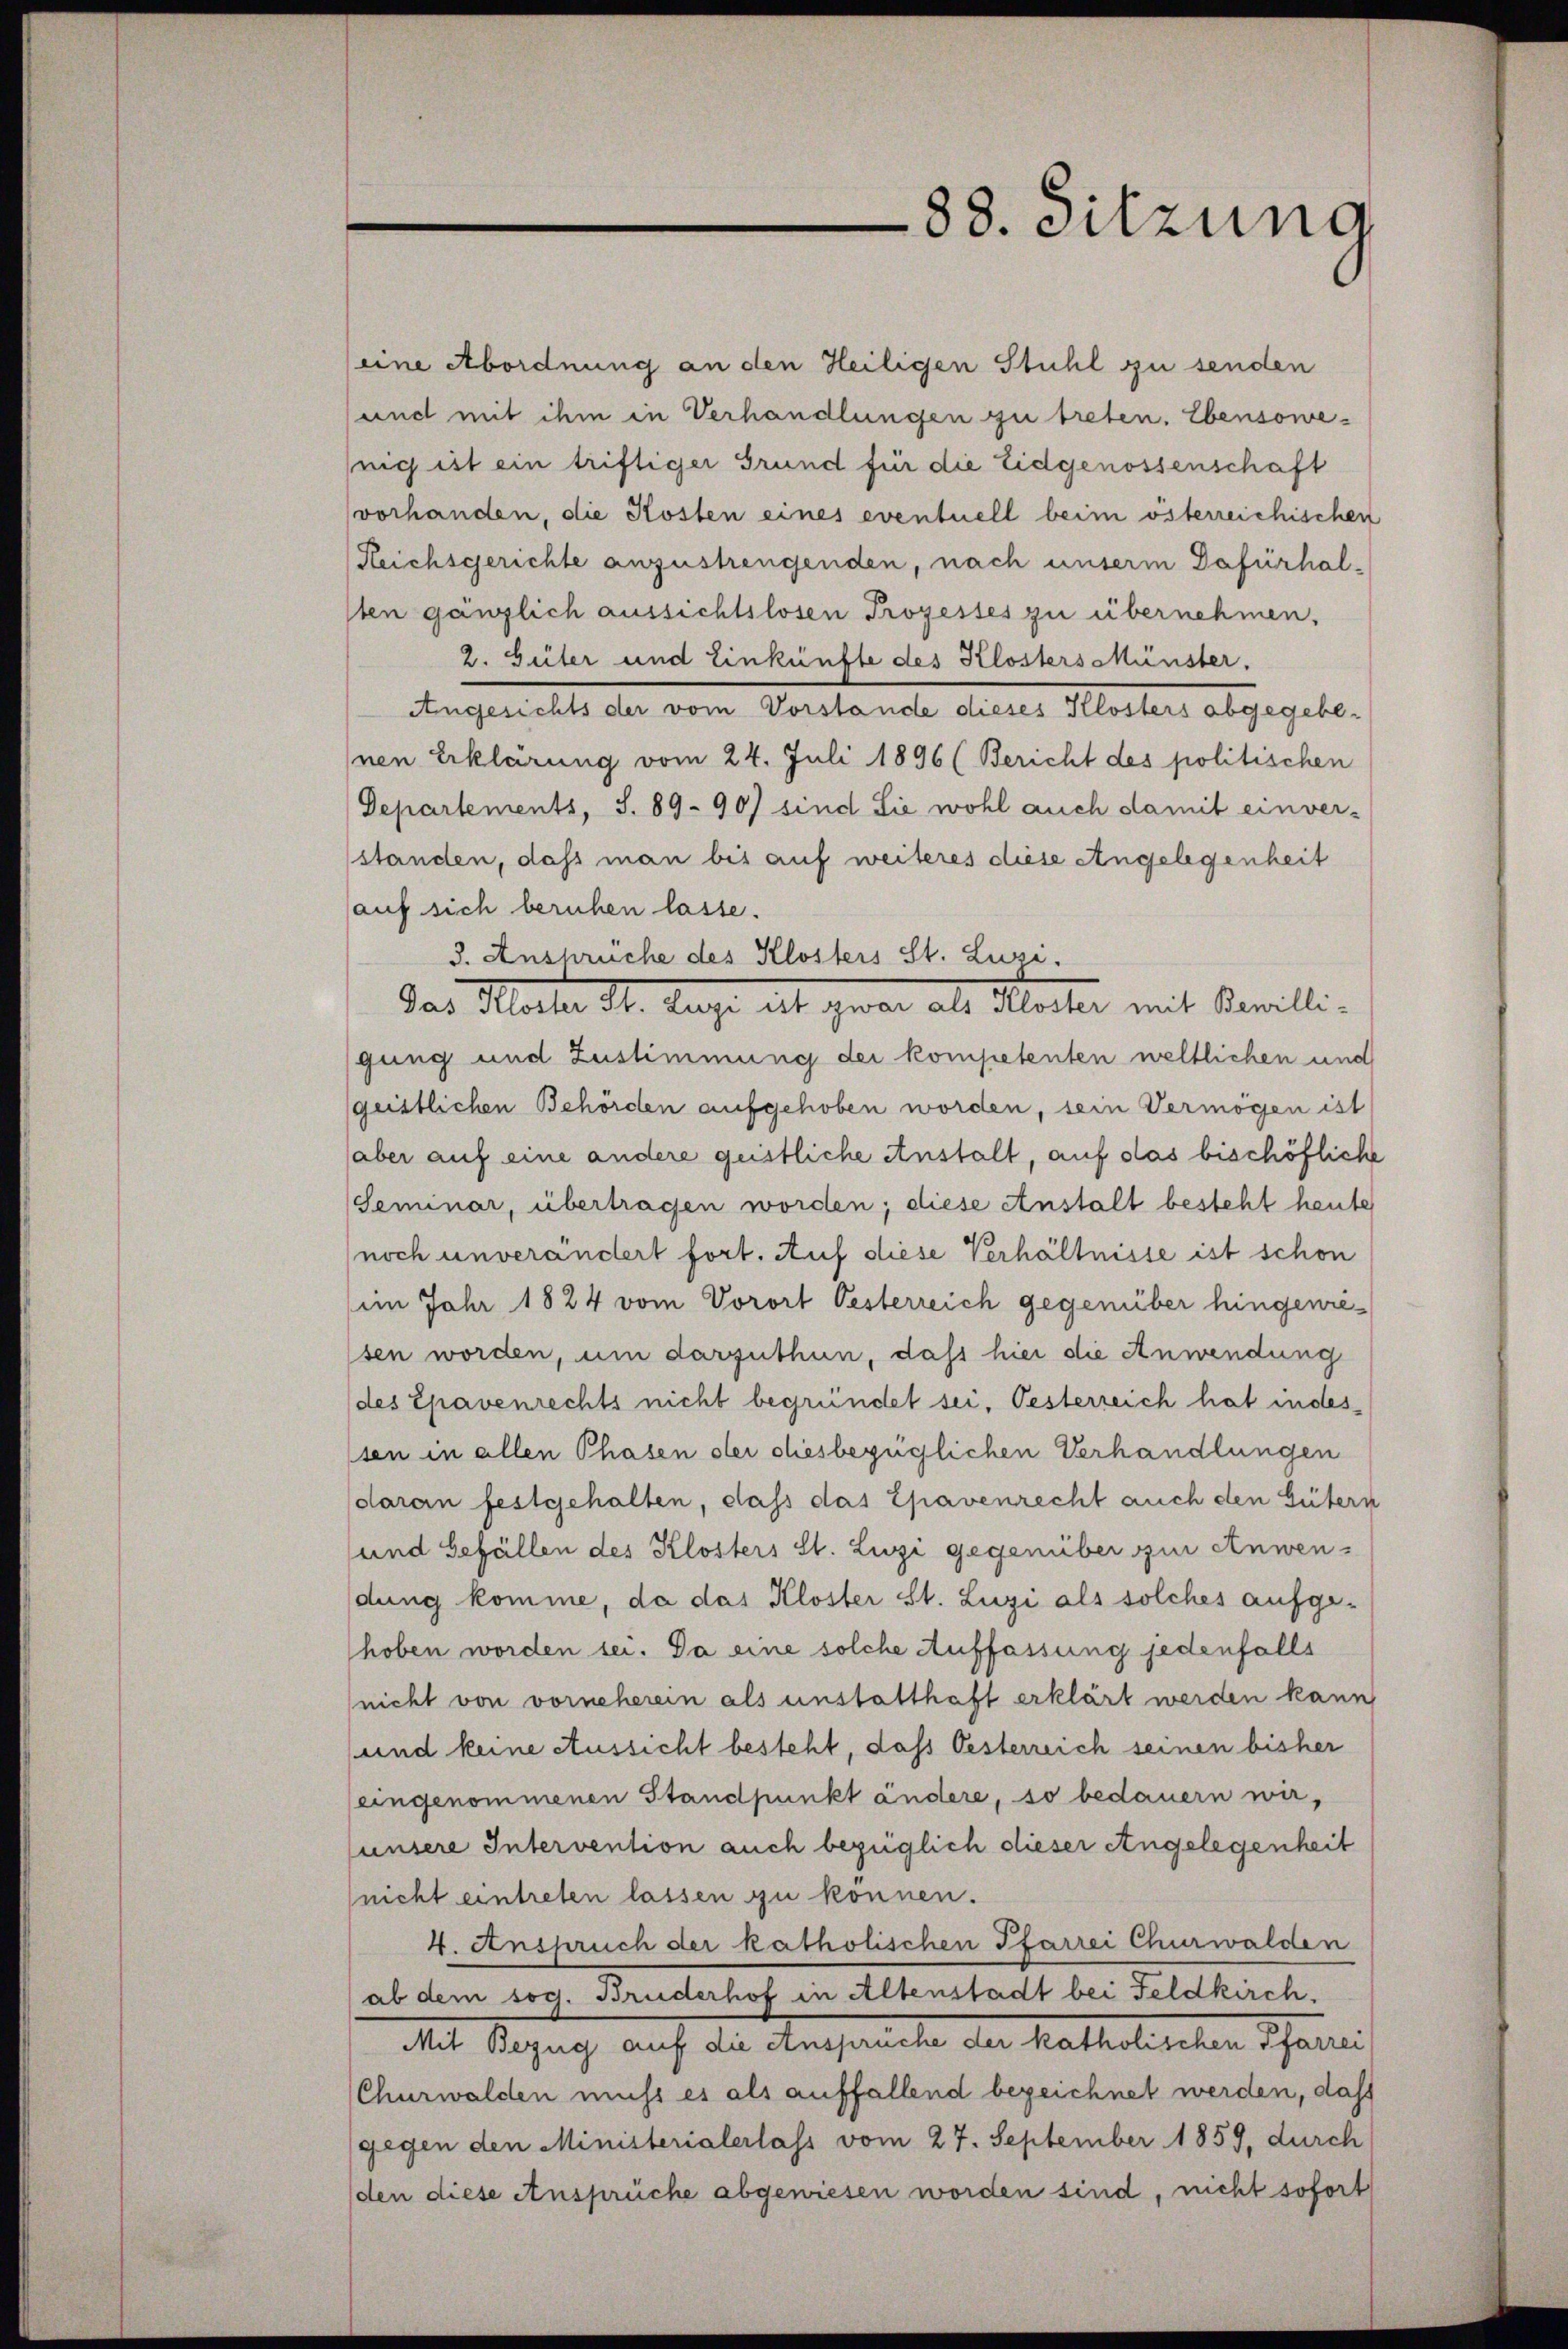
eine Abordnung an den Heiligen Stuhl zu senden
und mit ihm in Verhandlungen zu treten. Ebensowenig ist ein triftiger Grund für die Eidgenossenschaft
vorhanden, die Kosten eines eventuell beim österreichischen
Gleichsgerichte anzustrengenden, nach unserm Dafürhalten gänzlich aussichtslosen Prozesses zu übernehmen,
2. Güter und Einkünfte des Klosters Münster.
Angesichts der vom Vorstande dieses Klosters abgegebenen Erklärung vom 24. Juli 1896 (Bericht des politischen
Departements, S. 89. 90) sind Sie wohl auch damit einver-
standen, daß man bis auf weiteres diese Angelegenheit
auf sich beruhen lasse.
3. Ansprüche des Klosters St. Luzi.
Das Mater St. Lage alt zwar als Machte mit Vanilli-
gung und Zustimmung der kompetenten weltlichen und
geistlichen Behörden aufgehoben worden, sein Vermögen ist
aber auf eine andere geistliche Anstalt, auf das bischöfliche
Seminar, übertragen worden; diese Anstalt besteht heute
noch unverändert fort. Auf diese Verhältnisse ist schon
im Jahr 1824 vom Vorort Oesterreich gegenüber hingeniesen worden, um darzuthun, daß hier die Anwendung
des Epavenrechts nicht begründet sei. Oesterreich hat indes
sen in allen Phasen der diesbezüglichen Verhandlungen
daran festgehalten, dass das Epavenrecht auch den Gütern
und Gefällen des Klosters St. Luzi gegenüber zur Anwendung komme, da das Kloster St. Luzi als solches aufge-
hoben worden sei. Da eine solche Auffassung jedenfalls
nicht von vorneherein als unstatthaft erklärt werden kann
und keine Aussicht besteht, dass Oesterreich seinen bisher
eingenommenen Standpunkt ändere, so bedauern wir,
unsere Intervention auch bezüglich dieser Angelegenheit
(nicht eintreten lassen zu können.
4. Anspruch der katholischen Pfarrei Churwalden
ab dem sog. Bruderhof in Altenstadt bei Feldkirch.
Mit Bezug auf die Anspruche der katholischen Pfarrei
(Churwalden muss es als auffallend bezeichnet werden, daß
gegen den Ministerialerlass vom 27. September 1859, durch
den diese Ansprüche abgewiesen worden sind, nicht sofort

88. Sitzung